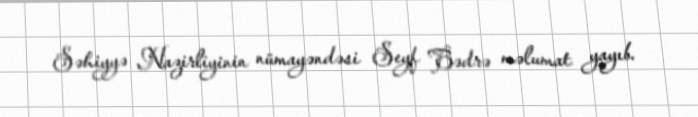
Səhiyyə Nazirliyinin nümayəndəsi Seyf Bədrə məlumat yayıb.